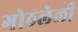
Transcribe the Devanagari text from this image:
गोठलेली